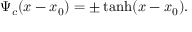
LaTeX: \Psi _ { c } ( x - x _ { 0 } ) = \pm \operatorname { t a n h } ( x - x _ { 0 } ) .